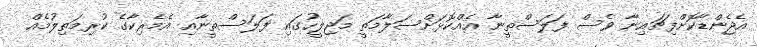
އެޖެންޑާކޮށްފިޗައިނާ ވެސް ފަލަސްތީނާ އެއްކޮޅަށްސަލާމަތީ މަޖިލީހުގައި ފަލަސްތީނާއި އެމެރިކާގެ ކުރިމަތިލުމެއް